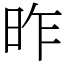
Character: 昨